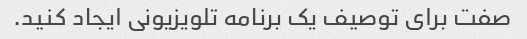
صفت برای توصیف یک برنامه تلویزیونی ایجاد کنید.